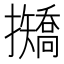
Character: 𢹣